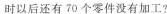
时以后还有70个零件没有加工?